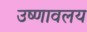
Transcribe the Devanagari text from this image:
उष्णावलय